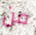
من